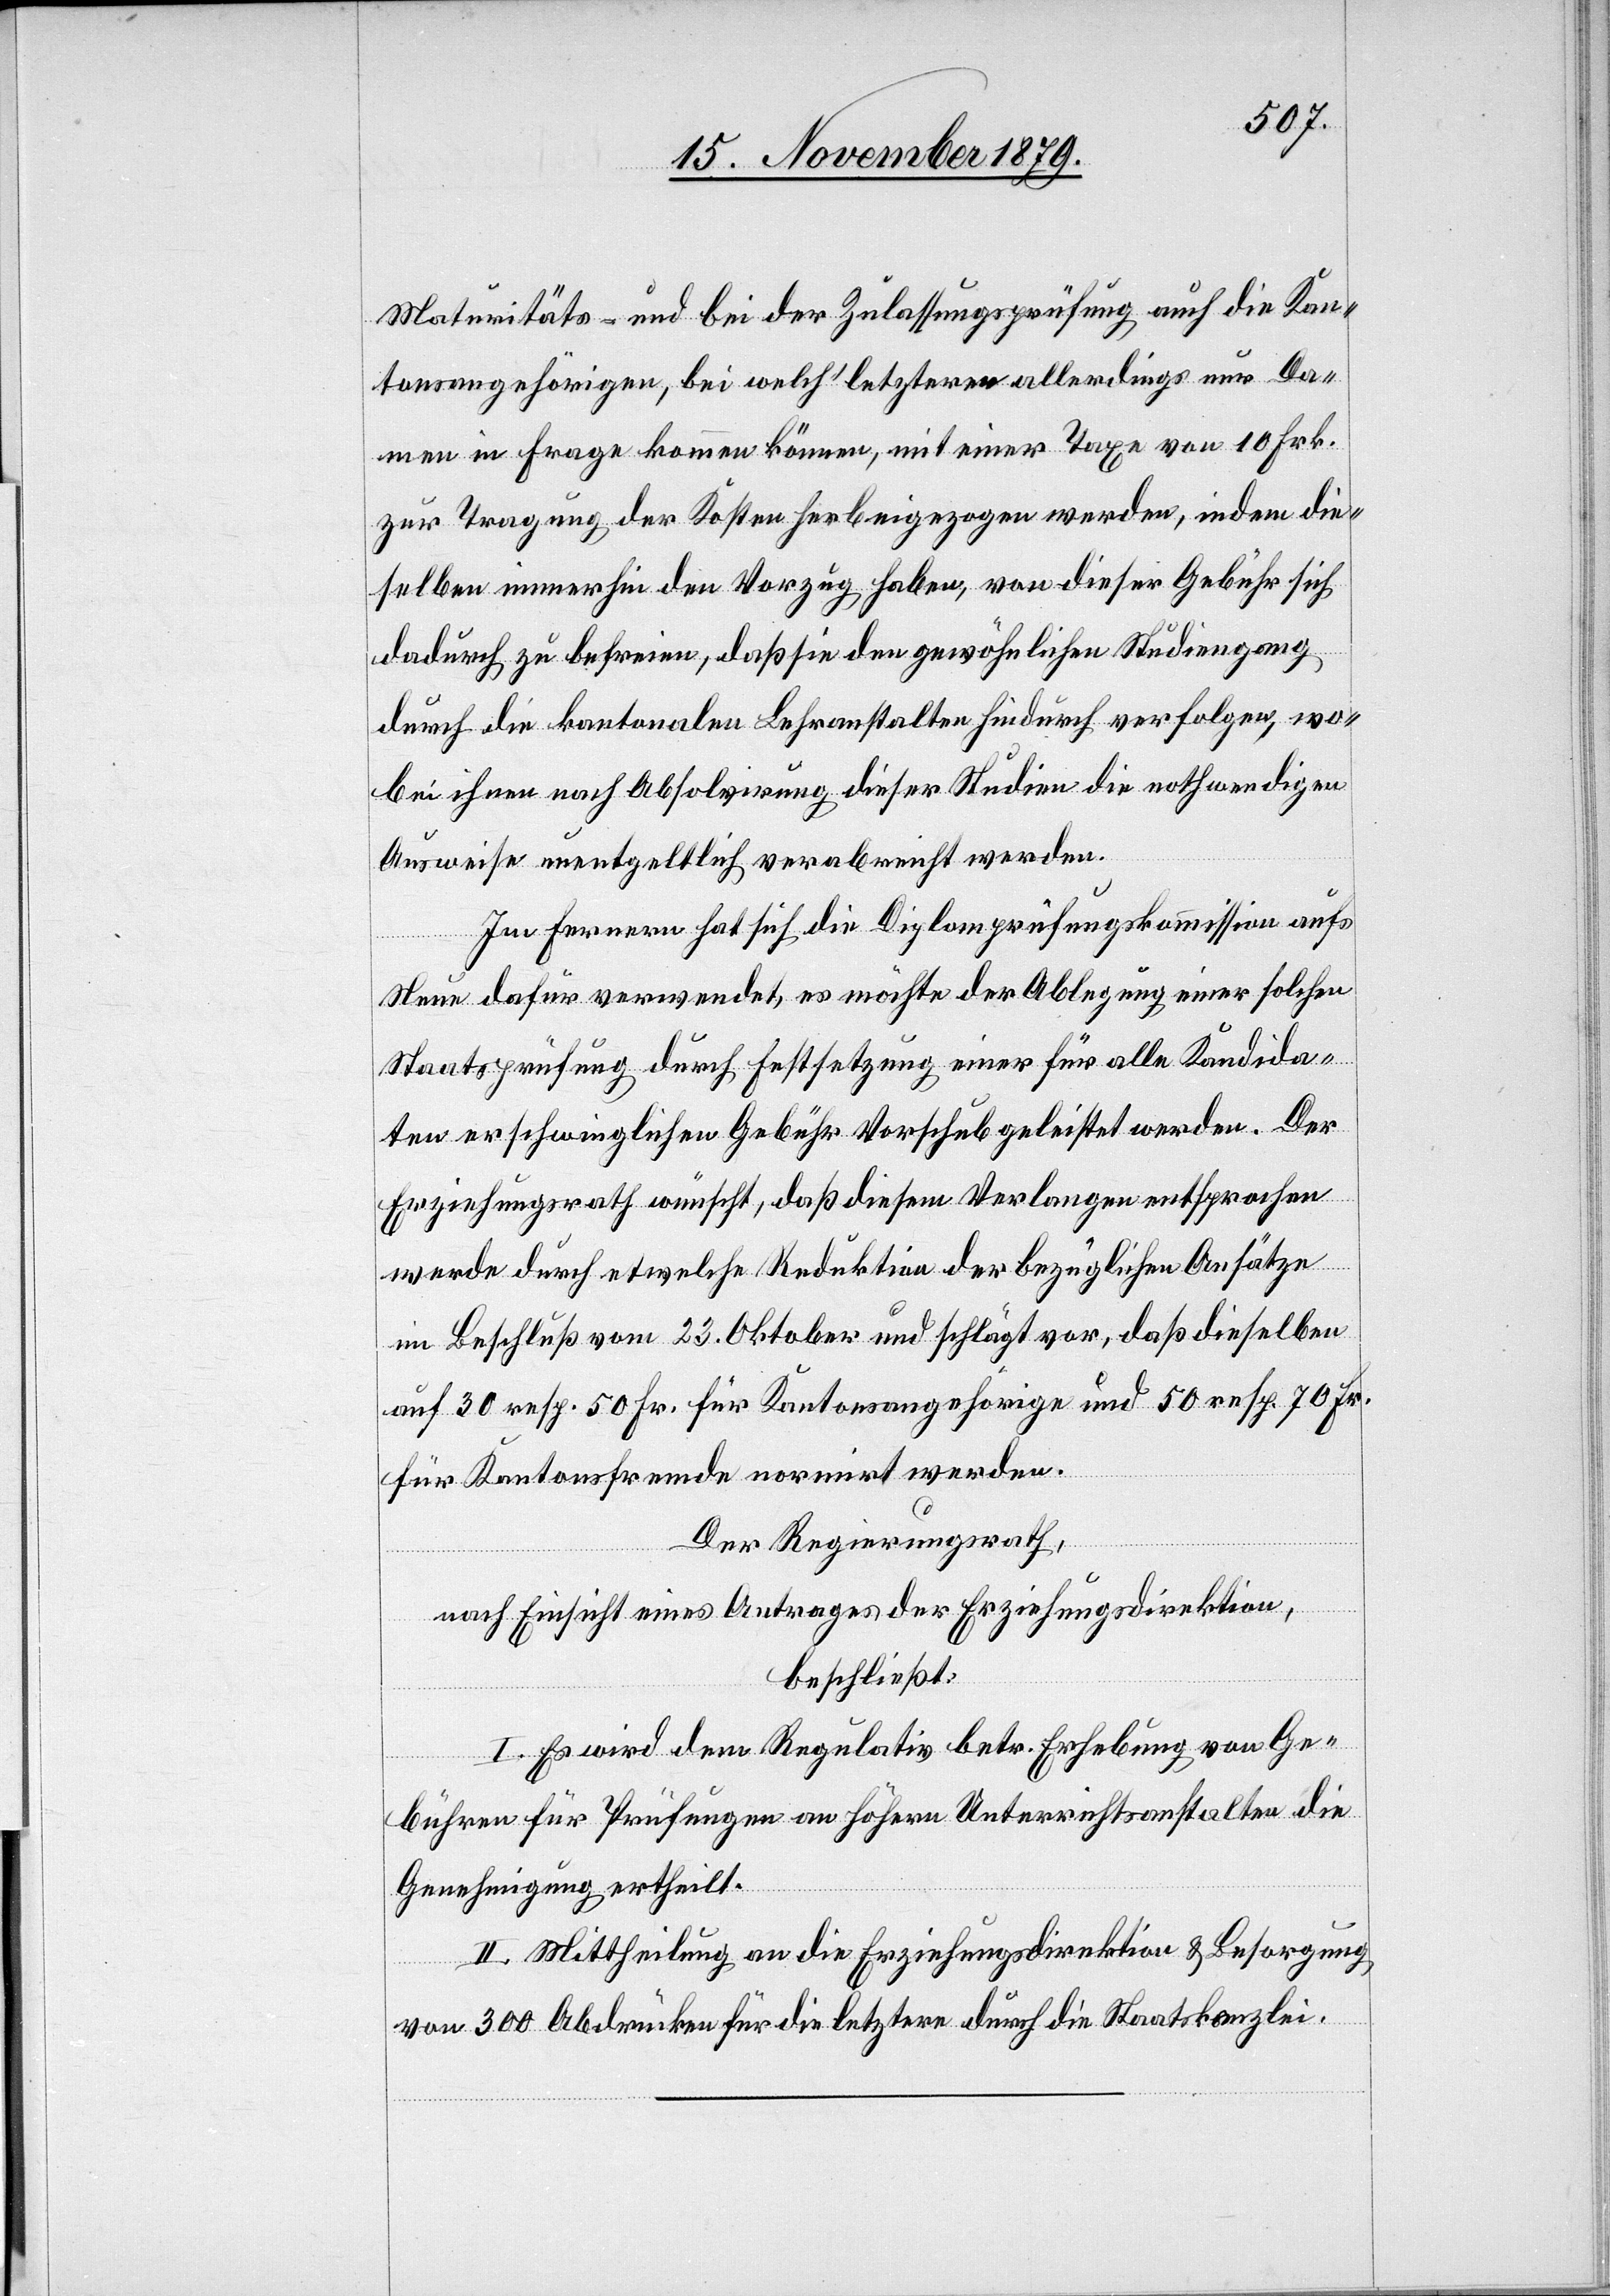
Maturitäts- und bei der Zulassungsprüfung auch die Kan¬
tonsangehörigen, bei welch’ letzteren allerdings nur Da¬
men in Frage kommen können, mit einer Taxe von 10 Frk.
zur Tragung der Kosten herbeigezogen werden, indem die¬
selben immerhin den Vorzug haben, von dieser Gebühr sich
dadurch zu befreien, daß sie den gewöhnlichen Studiengang
durch die kantonalen Lehranstalten hindurch verfolgen, wo¬
bei ihnen nach Absolvirung dieser Studien die nothwendigen
Ausweise unentgeltlich verabreicht werden.
Im Fernern hat sich die Diplomprüfungskommission aufs
Neue dafür verwendet, es möchte der Ablegung einer solchen
Staatsprüfung durch Festsetzung einer für alle Kandida¬
ten erschwinglichen Gebühr Vorschub geleistet werden. Der
Erziehungsrath wünscht, daß diesem Verlangen entsprochen
werde durch etwelche Reduktion der bezüglichen Ansätze
im Beschluß von 23. Oktober und schlägt vor, das dieselben
auf 30 resp. 50 Fr. für Kantonsangehörige und 50 resp. 70 Fr.
für Kantonsfremde normirt werden.
Der Regierungsrath,
nach Einsicht eines Antrages der Erziehungsdirektion,
beschließt:
I. Es wird dem Regulativ betr. Erhebung von Ge¬
bühren für Prüfungen an höhere Unterrichtsanstalten die
Genehmigung ertheilt.
II. Mittheilung an die Erziehungsdirektion & Besorgung
von 300 Abdrücken für die letztern durch die Staatskanzlei.